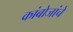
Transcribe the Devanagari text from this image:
कांबोजांचे